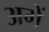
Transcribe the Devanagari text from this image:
अगें